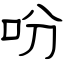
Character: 吩